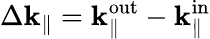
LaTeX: \Delta\mathbf{k}_{\parallel}=\mathbf{k}_{\parallel}^{\mathrm{out}}-\mathbf{k}_{\parallel}^{\mathrm{in}}